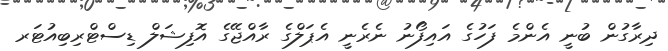
ދިރާގުން ބުނީ އެންމެ ފަހުގެ އައިފޯނު ނެރެނީ އެޕަލްގެ ރާއްޖޭގެ އޮފިޝަލް ޑިސްޓްރިބިއުޓަރ